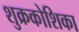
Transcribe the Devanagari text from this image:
शुक्रकोशिका